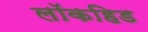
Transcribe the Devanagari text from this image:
लॉकहिड